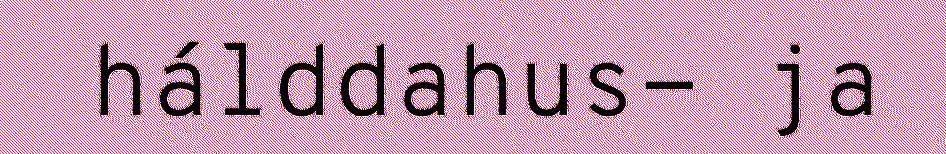
hálddahus- ja